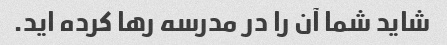
شاید شما آن را در مدرسه رها کرده اید.